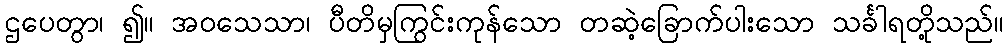
ဌပေတွာ၊ ၍။ အဝသေသာ၊ ပီတိမှကြွင်းကုန်သော တဆဲ့ခြောက်ပါးသော သင်္ခါရတို့သည်။